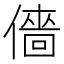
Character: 𠎸